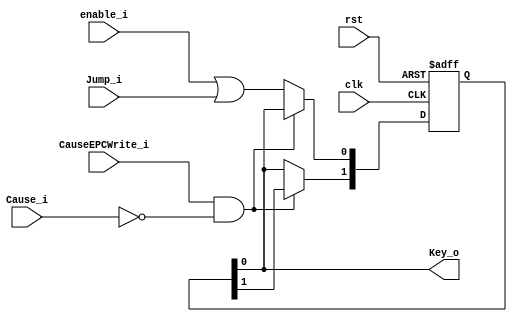
/*
Save the value (enable | Jump) of the previous cycle and the current cycle
*/
module Keep(
  input      clk,
  input      rst,
  input      enable_i,
  input      Jump_i,
  input      CauseEPCWrite_i,
  input[1:0] Cause_i,
  output     Key_o
  );
  reg [1:0] Key;
  always@(posedge clk or posedge rst)
  begin
    if (rst) Key = 2'b0;
    else if (CauseEPCWrite_i && !Cause_i)
    begin
      //do not respond to INT
    end
    else begin
      Key[1] = Key[0];//the value (enable | Jump) of the previous cycle
      Key[0] = enable_i | Jump_i;//the value (enable | Jump) of the current cycle
    end
  end
  assign Key_o = Key[0];//due to the property of register, the Key[0] is actually the previous cycle's value (enable | Jump) 
endmodule